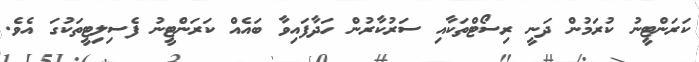
ކަރަންޓީނު ކުރަމުން ދަނީ ރިސޯޓްތަކާއި ސަރުކާރުން ހަދާފައިވާ ބައެއް ކަރަންޓީނު ފެސިލިޓީތަކުގަ އެވެ.